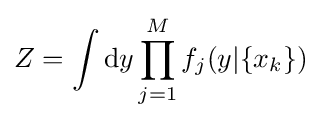
Z=\int {\mbox{d}}y\prod _{j=1}^{M}f_{j}(y|\{x_{k}\})